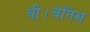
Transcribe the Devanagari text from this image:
थी।वेनिस